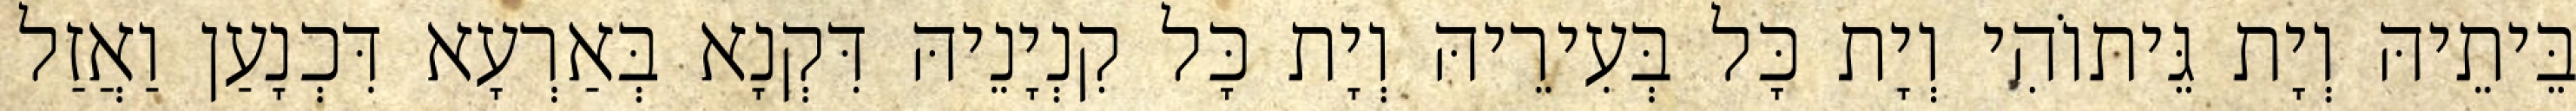
בֵּיתֵיהּ וְיָת גֵּיתוֹהִי וְיָת כָּל בְּעִירֵיהּ וְיָת כָּל קִנְיָנֵיהּ דִּקְנָא בְּאַרְעָא דִּכְנָעַן וַאֲזַל